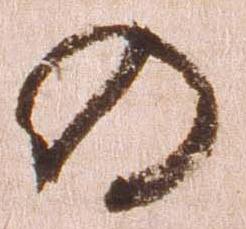
の